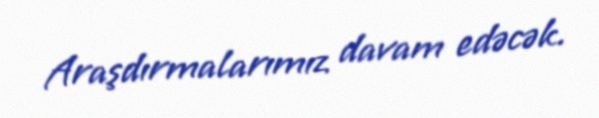
Araşdırmalarımız davam edəcək.